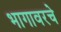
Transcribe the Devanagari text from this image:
भागावरचे